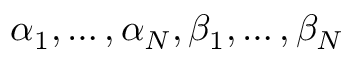
\alpha _ { 1 } , \ldots , \alpha _ { N } , \beta _ { 1 } , \ldots , \beta _ { N }